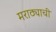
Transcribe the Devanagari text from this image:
मराठ्याची